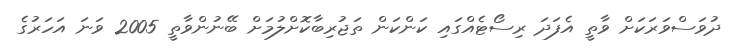
ދުވަސްވަރަކަށް ވާތީ އެފަދަ ރިސޯޓެއްގައި ކަންކަން ތަޖުރިބާކޮށްލުމަށް ބޭނުންވާތީ 2005 ވަަނަ އަހަރުގެ